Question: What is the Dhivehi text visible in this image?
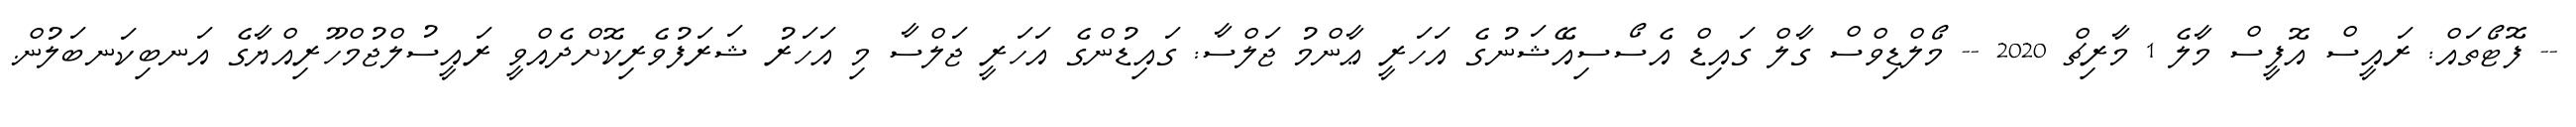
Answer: -- ފޮޓޯތައް: ރައީސް އޮފީސް މާލެ 1 މާރިޗް 2020 -- މޯލްޑިވްސް ގާލް ގައިޑް އެސޯސިއޭޝަނުގެ އަހަރީ ޢާންމު ޖަލްސާ: ގައިޑުންގެ އަހަރީ ޖަލްސާ މި އަހަރު ޝަރަފުވެރިކޮށްދެއްވީ ރައީސުލްޖުމްހޫރިއްޔާގެ އަނބިކަނބަލުން.